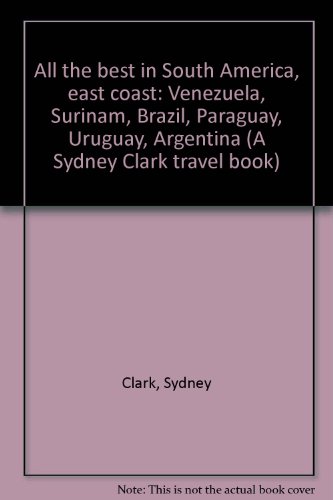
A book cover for All the best in South America, east coast: Venezuela, Surinam, Brazil, Paraguay, Uruguay, Argentina (A Sydney Clark travel book); Travel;